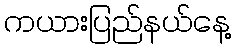
ကယားပြည်နယ်နေ့